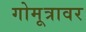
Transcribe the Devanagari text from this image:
गोमूत्रावर